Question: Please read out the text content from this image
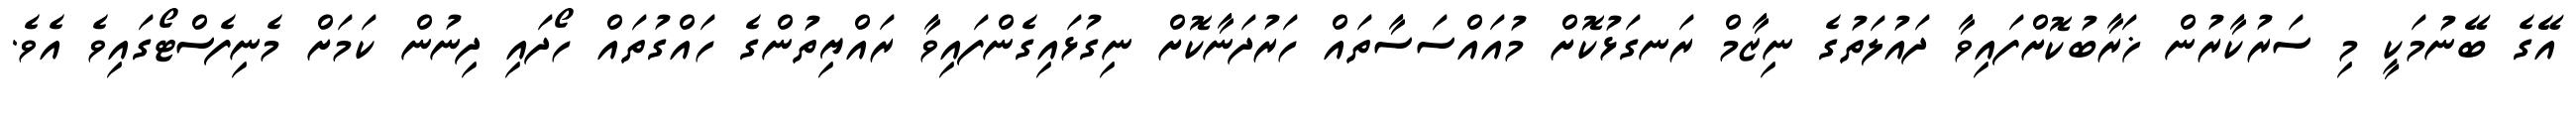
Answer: އޭގެ ބޭނުމަކީ މި ސަރުކާރުން ޚަރާބުކޮށްފައިވާ ދައުލަތުގެ ނިޒާމް ރަނގަޅުކޮށް މުއައްސަސާތައް ހަރުދަނާކޮށް ނިގުޅައިގެންފައިވާ ރައްޔިތުންގެ ހައްގުތައް ހޯދައި ދިނުން ކަމަށް މެނިފެސްޓޯގައިވެ އެވެ.